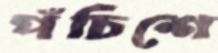
পঁচিশে